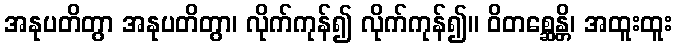
အနုပတိတွာ အနုပတိတွာ၊ လိုက်ကုန်၍ လိုက်ကုန်၍။ ဝိတစ္ဆေန္တိ၊ အထူးထူး